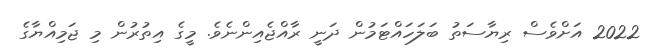
2022 އަށްވެސް ރިޔާސަތު ބަލަހައްޓަމުން ދަނީ ރާއްޖެއިންނެވެ. މީގެ އިތުރުން މި ޖަމިއްޔާގެ